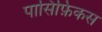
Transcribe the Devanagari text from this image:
पासिफ़िकस